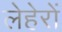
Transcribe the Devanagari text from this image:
लेहेरों